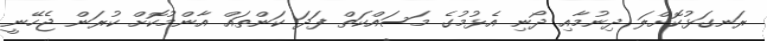
ރަނގަޅުކޮށްލަ ދިނުމާއި ދޯނި އެޅުމުގެ މަސައްކަތް ފަދަ ކަންތައް އާންމުކޮށް ކުރަން ޖެހޭނީ